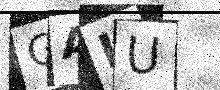
Text: GAIU